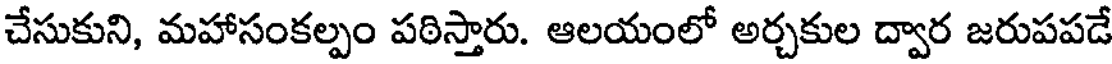
చేసుకుని, మహాసంకల్పం పఠిస్తారు. ఆలయంలో అర్చకుల ద్వార జరుపపడే